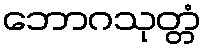
ဘောဂသုတ္တံ